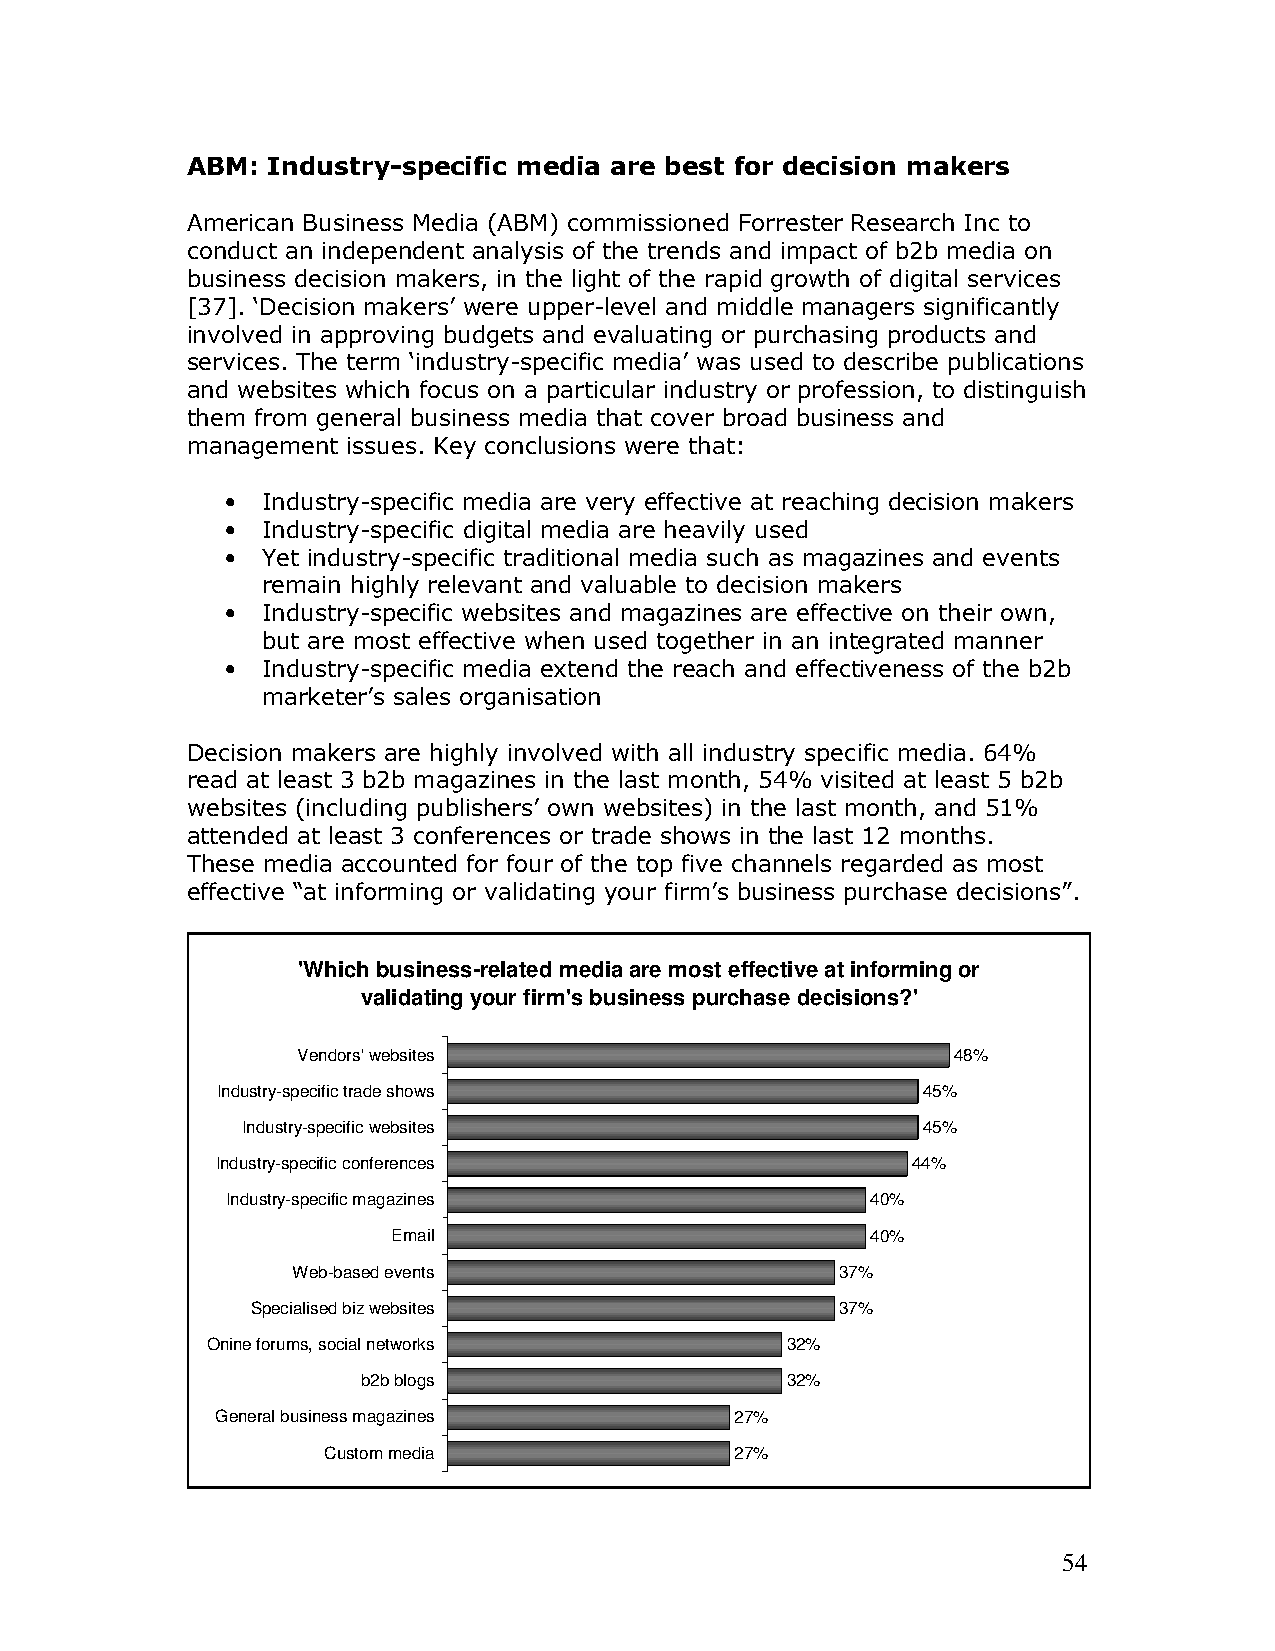
ABM:  Industry-specific media are best for decision makers
 American Business Media (ABM) commissioned Forrester Research Inc to
 conduct an independent analysis of the trends and impact of b2b media on
 business decision makers, in the light of the rapid growth of digital services
 [37]. ‘Decision makers’ were upper-level and middle managers significantly
 involved in approving budgets and evaluating or purchasing products and
 services. The term ‘industry-specific media’ was used to describe publications
 and websites which focus on a particular industry or profession, to distinguish
 them from general business media that cover broad business and
 management issues. Key conclusions were that:
 • Industry-specific media are very effective at reaching decision makers
 • Industry-specific digital media are heavily used
 • Yet industry-specific traditional media such as magazines and events
 remain highly relevant and valuable to decision makers
 • Industry-specific websites and magazines are effective on their own,
 but are most effective when used together in an integrated manner
 • Industry-specific media extend the reach and effectiveness of the b2b
 marketer’s sales organisation
 Decision makers are highly involved with all industry specific media. 64%
 read at least 3 b2b magazines in the last month, 54% visited at least 5 b2b
 websites (including publishers’ own websites) in the last month, and 51%
 attended at least 3 conferences or trade shows in the last 12 months.
 These media accounted for four of the top five channels regarded as most
 effective “at informing or validating your firm’s business purchase decisions”.
 'Which business-related media are most effective at informing or
 validating your firm's business purchase decisions?'
 Vendors' websites                          48%
 Industry-specific trade shows                  45%
 Industry-specific websites                   45%
 Industry-specific conferences                 44%
 Industry-specific magazines                40%
 Email                           40%
 Web-based events                     37%
 Specialised biz websites               37%
 Onine forums, social networks         32%
 b2b blogs                   32%
 General business magazines         27%
 Custom media                27%
 54